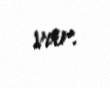
var.